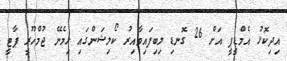
އިދިކޮޅު އެމްޑީޕީ އަށް 26 ގޮނޑި ލިބިފައިވާއިރު ކޯލިޝަންގައި ހިމެނޭ ޖުމްހޫރީ ޕާޓީ